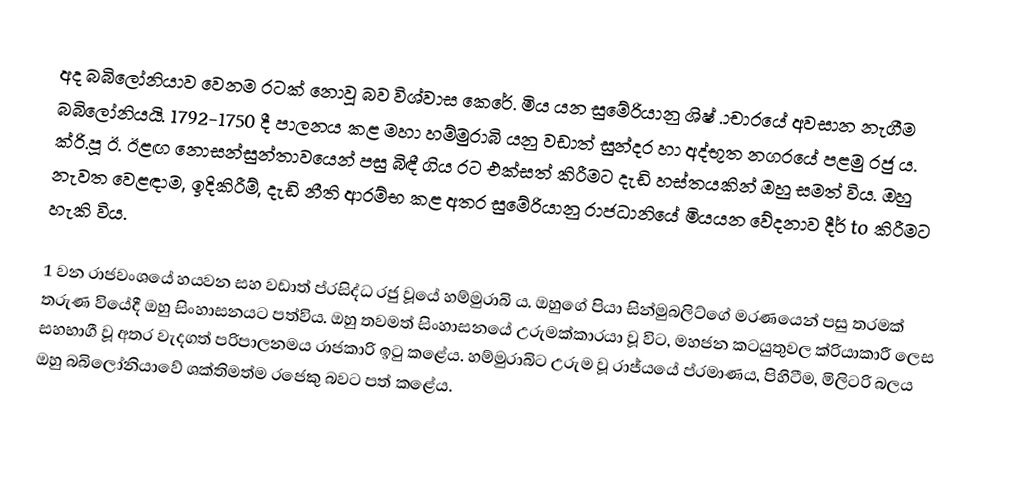
අද බබිලෝනියාව වෙනම රටක් නොවූ බව විශ්වාස කෙරේ. මිය යන සුමේරියානු ශිෂ් .ාචාරයේ අවසාන නැගීම බබිලෝනියයි. 1792-1750 දී පාලනය කළ මහා හම්මුරාබි යනු වඩාත් සුන්දර හා අද්භූත නගරයේ පළමු රජු ය. ක්රි.පූ ඊ. ඊළඟ නොසන්සුන්තාවයෙන් පසු බිඳී ගිය රට එක්සත් කිරීමට දැඩි හස්තයකින් ඔහු සමත් විය. ඔහු නැවත වෙළඳාම, ඉදිකිරීම්, දැඩි නීති ආරම්භ කළ අතර සුමේරියානු රාජධානියේ මියයන වේදනාව දීර් to කිරීමට හැකි විය.

1 වන රාජවංශයේ හයවන සහ වඩාත් ප්රසිද්ධ රජු වූයේ හම්මුරාබි ය. ඔහුගේ පියා සින්මුබලිට්ගේ මරණයෙන් පසු තරමක් තරුණ වියේදී ඔහු සිංහාසනයට පත්විය. ඔහු තවමත් සිංහාසනයේ උරුමක්කාරයා වූ විට, මහජන කටයුතුවල ක්රියාකාරී ලෙස සහභාගී වූ අතර වැදගත් පරිපාලනමය රාජකාරි ඉටු කළේය. හම්මුරාබිට උරුම වූ රාජ්යයේ ප්රමාණය, පිහිටීම, මිලිටරි බලය ඔහු බබිලෝනියාවේ ශක්තිමත්ම රජෙකු බවට පත් කළේය.